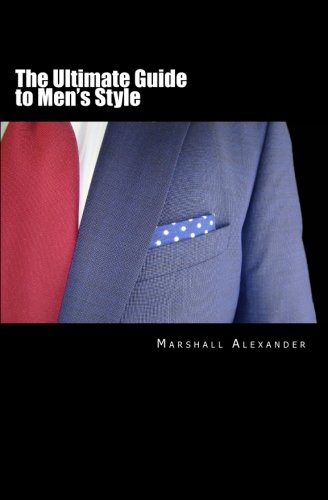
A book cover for The Ultimate Guide to Men's Style; Marshall Alexander; Health, Fitness & Dieting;